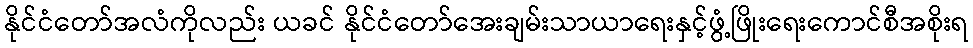
နိုင်ငံတော်အလံကိုလည်း ယခင် နိုင်ငံတော်အေးချမ်းသာယာရေးနှင့်ဖွံ့ဖြိုးရေးကောင်စီအစိုးရ